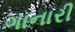
ગાનારી